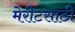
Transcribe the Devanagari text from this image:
मेरीटसाठी